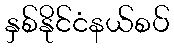
နှစ်နိုင်ငံနယ်စပ်